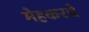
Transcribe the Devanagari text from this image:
मेहकरचे